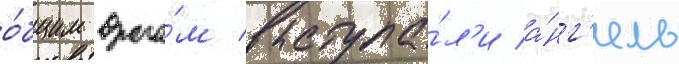
о́бщим враго́м выступа́л'и а́нг'елы